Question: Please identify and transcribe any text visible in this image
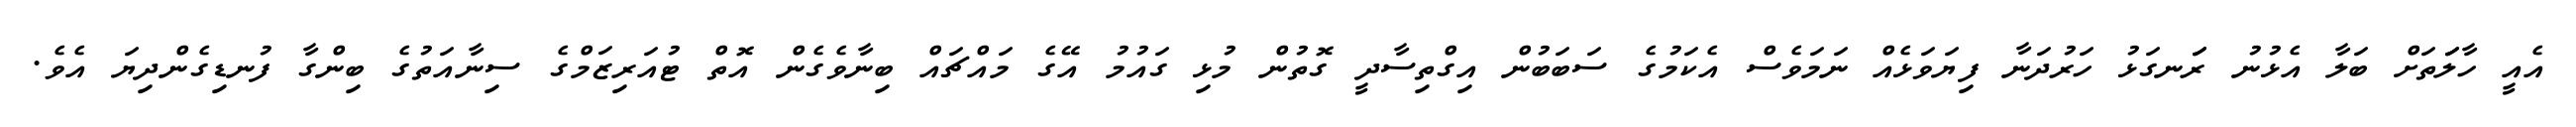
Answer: އެއީ ހާލަަތަށް ބަލާ އެޅުނު ރަަނގަޅު ހަރުދަނާ ފިޔަވަޅެއް ނަމަވެސް އެކަމުގެ ސަބަބުން އިގްތިސާދީ ގޮތުން މުޅި ގައުމު އޭގެ މައްޗައް ބިނާވެގެން އޮތް ޓުއަރިޒަމްގެ ސިނާއަތުގެ ބިންގާ ފުނޑިގެންދިޔަ އެވެ.